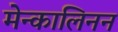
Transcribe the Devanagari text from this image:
मेन्कालिनन